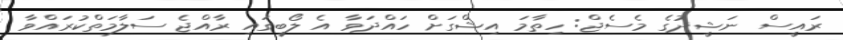
ރައީސް ނަޝީދުގެ މެސެޖް: ހިތާމަ އިޝްގަށް ހައްދަވާ އެ ލޯބީގައި ރާއްޖެ ސަލާމަތްކުރައްވާ